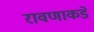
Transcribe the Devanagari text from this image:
रावणाकडे